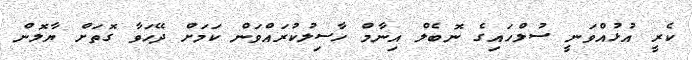
ކެރީ އުޅުއްވަނީ ސުލްހައިގެ ނޮބެލް އިނާމް ހާސިލުކުރައްވަން ކަމަށް ދޭހަވާ ގޮތަށް ޔާލޮން